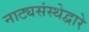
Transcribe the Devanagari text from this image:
नाट्यसंस्थेद्वारे